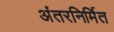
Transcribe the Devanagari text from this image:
अंतरनिर्मित